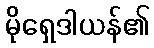
မိုရှေဒါယန်၏